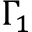
\Gamma _ { 1 }